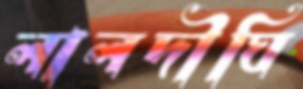
লালদীঘি